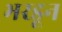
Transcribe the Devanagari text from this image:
भरडून